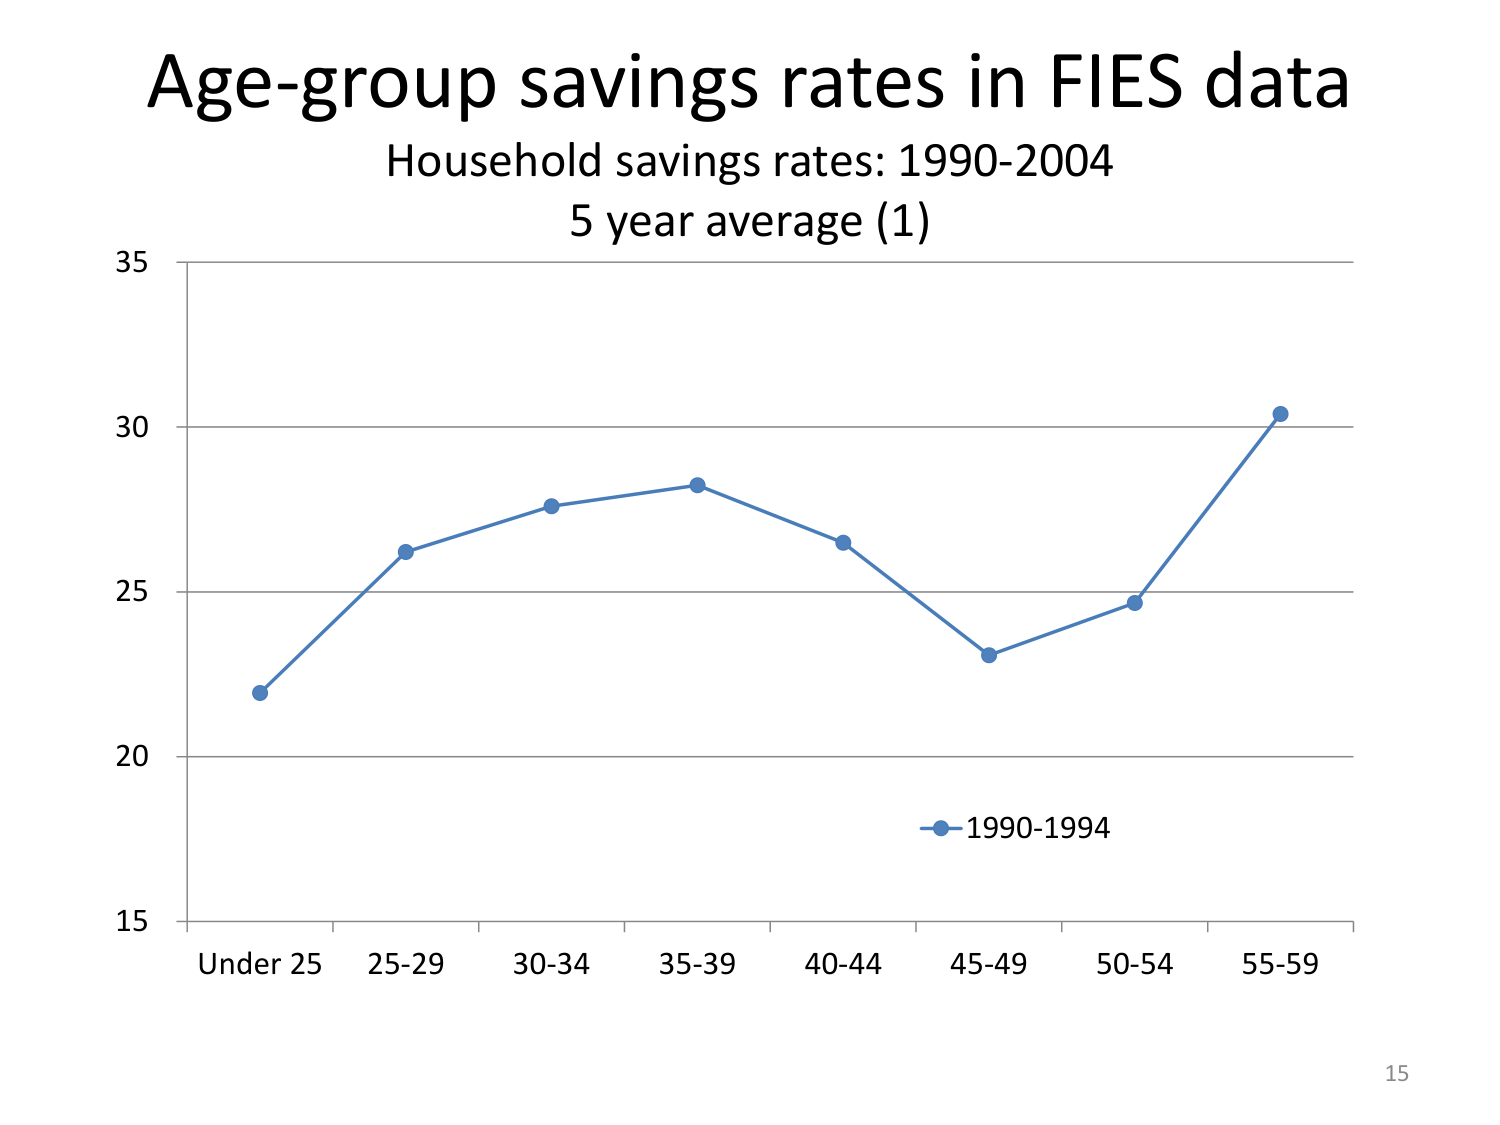
Age-group savings rates in FIES data
Household savings rates: 1990-2004
5 year average (1)
35
30
25
20
15
Under 25  25-29  30-34  35-39  40-44  45-49  50-54  55-59
1990-1994
15